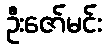
ဦးဇော်မင်း